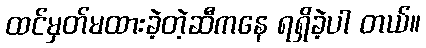
ထင်မှတ်မထားခဲ့တဲ့ဆီကနေ ရရှိခဲ့ပါ တယ်။